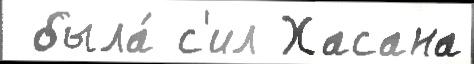
 была́ с'ил Хасана